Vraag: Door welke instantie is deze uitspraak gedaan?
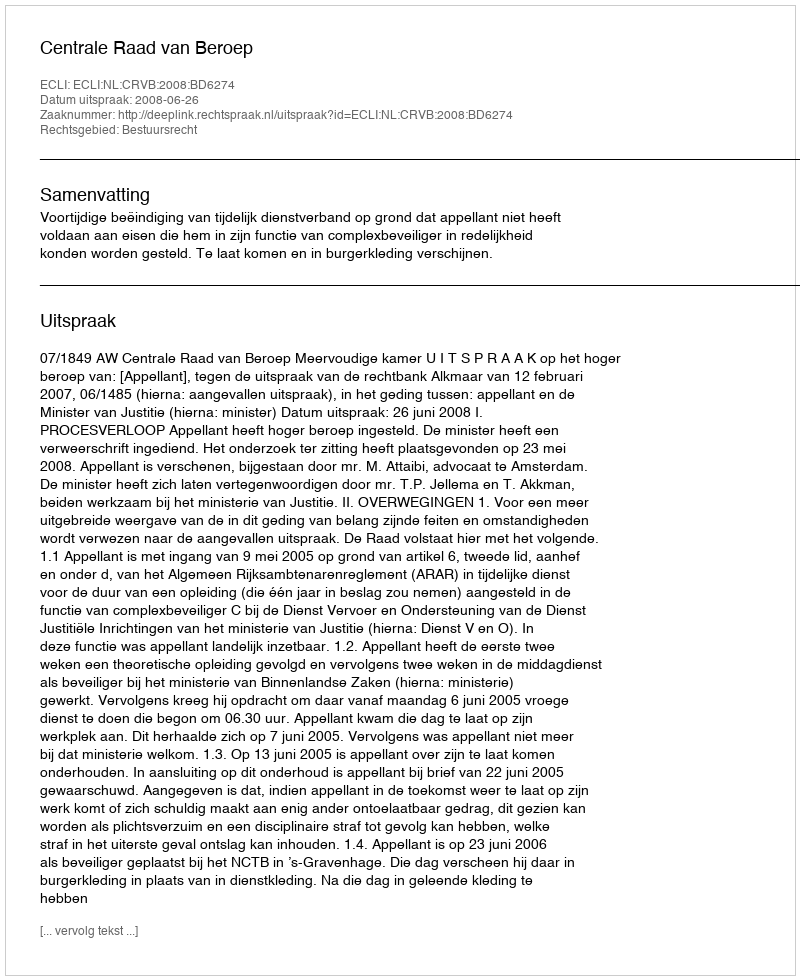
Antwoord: Centrale Raad van Beroep